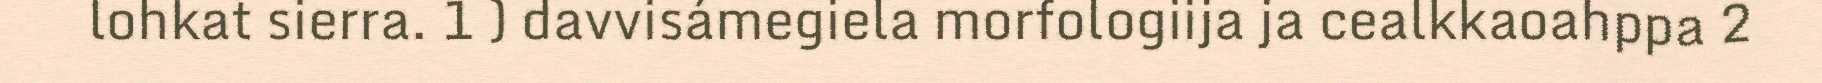
lohkat sierra. 1 ) davvisámegiela morfologiija ja cealkkaoahppa 2